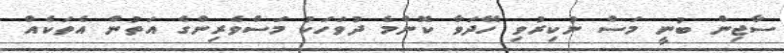
ސާޖިން ބުނީ މަސް ނުކިރުވި ހޭދަވާ ކޮންމެ ދުވަހަކު މަސްވެރިންގެ އަތުން އެތަކެއް